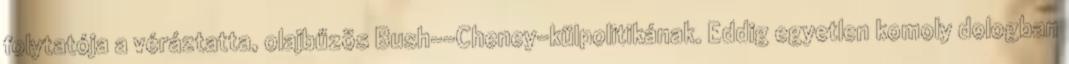
folytatója a véráztatta, olajbűzös Bush--Cheney-külpolitikának. Eddig egyetlen komoly dologban